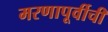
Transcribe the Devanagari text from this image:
मरणापूर्वीची